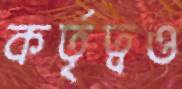
কর্তৃত্বও